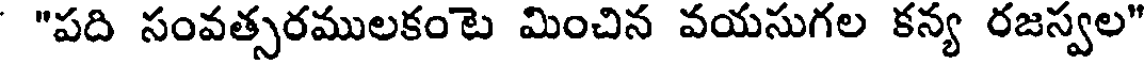
"పది సంవత్సరములకంటె మించిన వయసుగల కన్య రజస్వల"